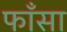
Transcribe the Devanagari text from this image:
फाँसा